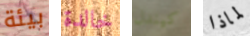
بيئة خالدة كيندل لماذا